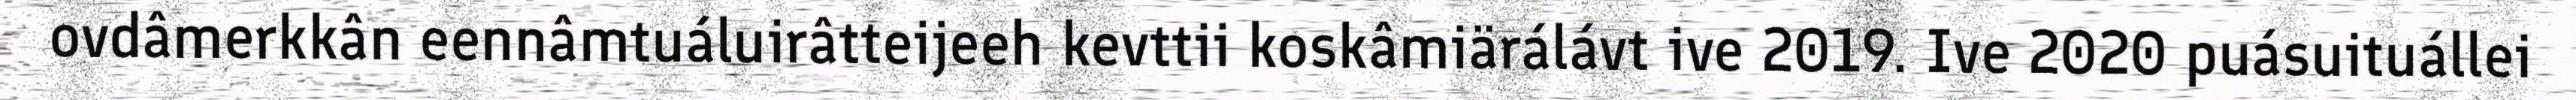
ovdâmerkkân eennâmtuáluirâtteijeeh kevttii koskâmiärálávt ive 2019. Ive 2020 puásuituállei